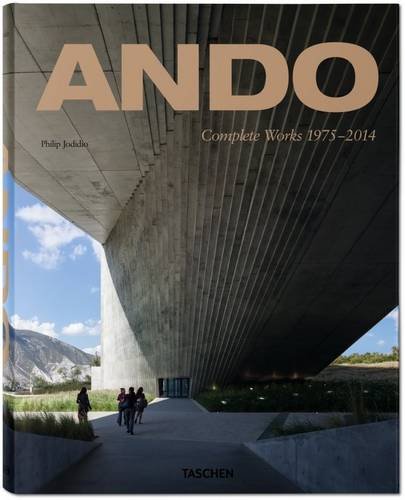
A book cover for Ando: Complete Works 1975-2014; Arts & Photography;